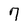
Character: 9